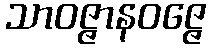
သာဝဇ္ဇာနဝဇ္ဇေ